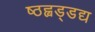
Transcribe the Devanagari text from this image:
ष्ठह्वड्डद्य